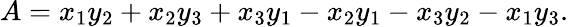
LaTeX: A=x_{1}y_{2}+x_{2}y_{3}+x_{3}y_{1}-x_{2}y_{1}-x_{3}y_{2}-x_{1}y_{3}.